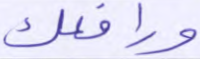
ورافعك